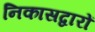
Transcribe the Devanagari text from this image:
निकासद्वारों